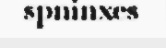
spninxes